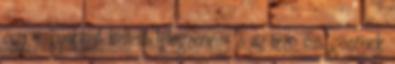
egy nagyobbat kellett lélegzenem, s az izzó vas gőzének